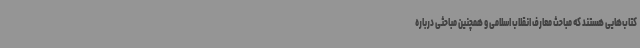
کتاب‌هایی هستند که مباحث معارف انقلاب اسلامی و همچنین مباحثی درباره